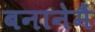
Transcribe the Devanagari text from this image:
बनानेमैं